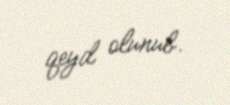
qeyd olunub.